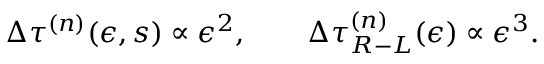
\Delta \tau ^ { ( n ) } ( \epsilon , s ) \propto \epsilon ^ { 2 } , \qquad \Delta \tau _ { R - L } ^ { ( n ) } ( \epsilon ) \propto \epsilon ^ { 3 } .